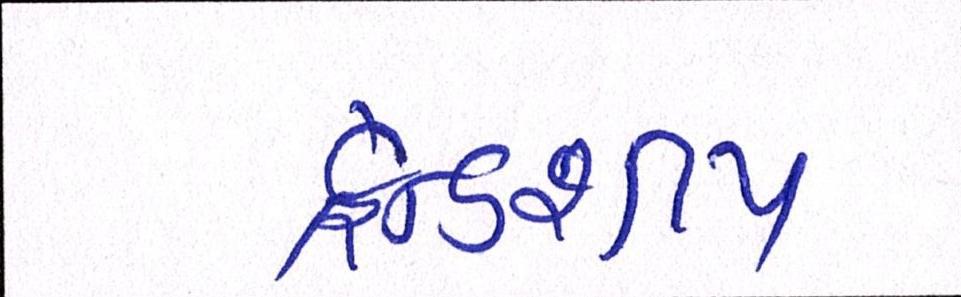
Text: ફ્રેન્ડશીપ